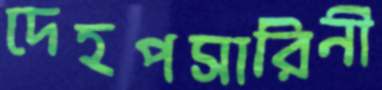
দেহপসারিনী